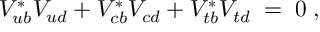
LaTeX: V _ { u b } ^ { * } V _ { u d } + V _ { c b } ^ { * } V _ { c d } + V _ { t b } ^ { * } V _ { t d } \; = \; 0 \; ,